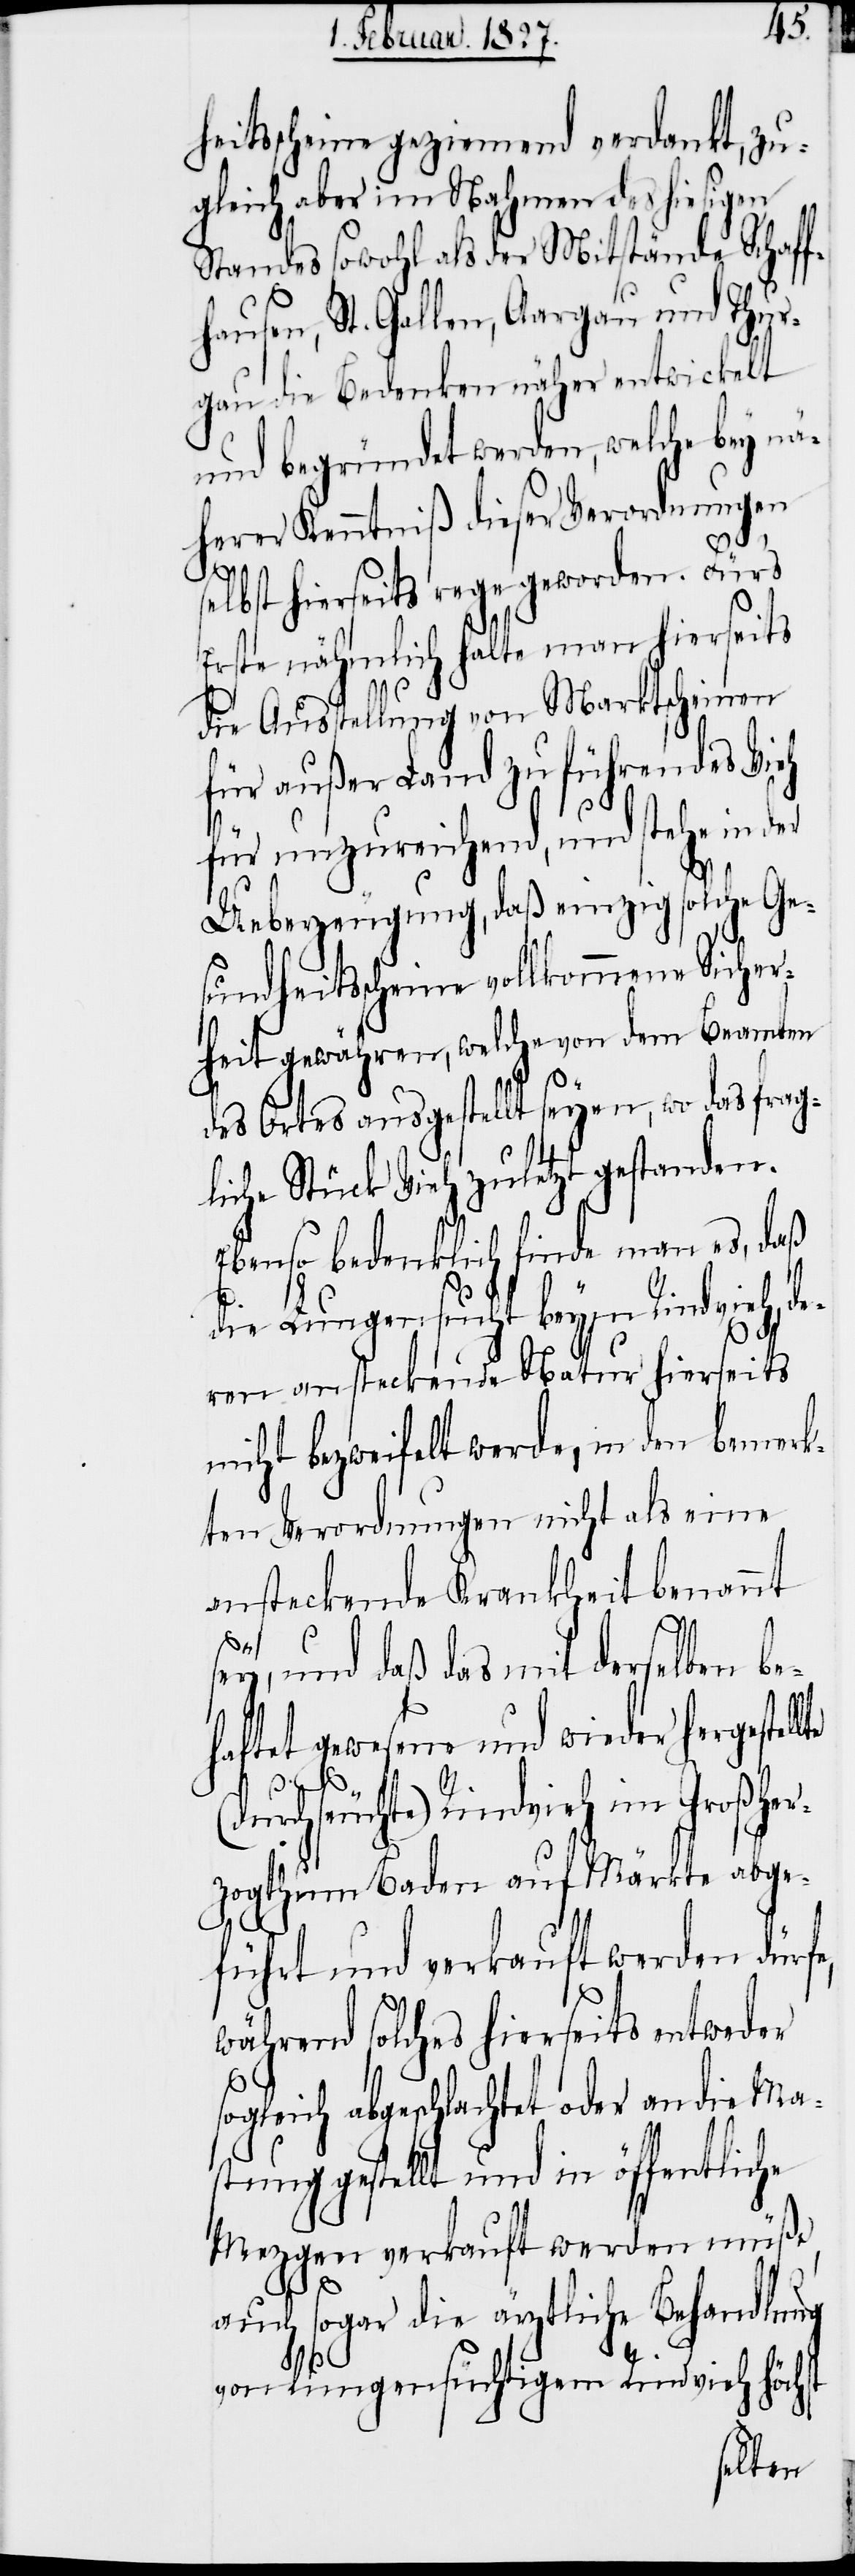
heitsscheine geziemend verdankt, zu¬
gleich aber im Nahmen des hiesigen
Standes sowohl als der Mitstände Schaf¬
fhausen, St. Gallen, Aargau und Thur¬
gau die Bedenken näher entwickelt
und begründet werden, welche bey nä¬
herer Kenntniß dieser Verordnungen
selbst hierseits rege geworden. Fürs
Erste nähmlich halte man hierseits
die Ausstellung von Marktscheinen
für außer Land zu führendes Vieh
für unzureichend, und stehe in der
Ueberzeugung, daß einzig solche Ge¬
sundheitsscheine vollkommene Sicher¬
heit gewähren, welche von dem Beamten
des Ortes ausgestellt seyen, wo das frag¬
liche Stück Vieh zuletzt gestanden.
Ebenso bedenklich finde man es, daß
die Lungensucht beym Rindvieh, de¬
ren ansteckende Natur hierseits
nicht bezweifelt werde, in den bemerk¬
ten Verordnungen nicht als eine
ansteckende Krankheit benannt
ey, und daß das mit derselben b¬
haftet gewesene und wieder hergestel¬
(dur¬
s¬
chseuchte) Rindvieh im Großhe¬
rzogthum Baden auf Märkte abge¬
führt und verkauft werden dürfe,
während solches hierseits entweder
sogleich abgeschlachtet oder an die Ma¬
stung gestellt und in öffentliche
Mezgen verkauft werden müße,
auch sogar die ärztliche Behandlung
von lungensüchtigem Rindvieh höchst